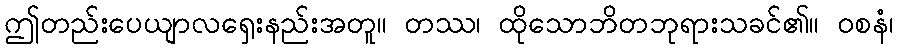
ဤတည်းပေယျာလရှေးနည်းအတူ။ တဿ၊ ထိုသောဘိတဘုရားသခင်၏။ ဝစနံ၊